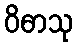
ဝိဓာသု